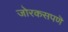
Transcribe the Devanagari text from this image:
जोरकसपणॆ